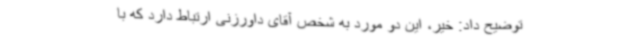
توضیح داد: خیر، این دو مورد به شخص آقای داورزنی ارتباط دارد که با